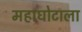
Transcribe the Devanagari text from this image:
महाघोटाला